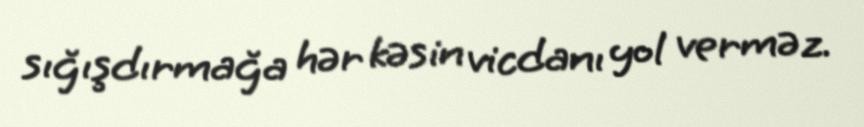
sığışdırmağa hər kəsin vicdanı yol verməz.